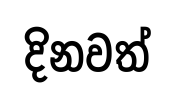
දිනවත්